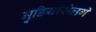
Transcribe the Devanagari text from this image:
मुडियांसेलगे